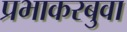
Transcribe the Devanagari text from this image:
प्रभाकरबुवा